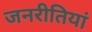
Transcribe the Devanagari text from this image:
जनरीतियां